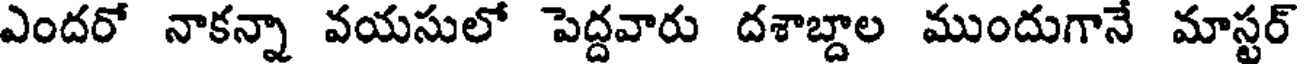
ఎందరో నాకన్నా వయసులో పెద్దవారు దశాబ్దాల ముందుగానే మాస్టర్